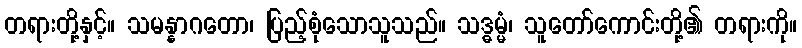
တရားတို့နှင့်။ သမန္နာဂတော၊ ပြည့်စုံသောသူသည်။ သဒ္ဓမ္မံ၊ သူတော်ကောင်းတို့၏ တရားကို။